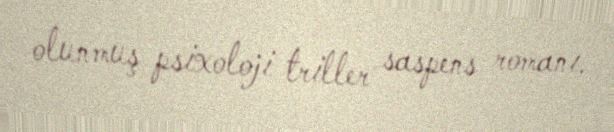
olunmuş psixoloji triller saspens romanı.